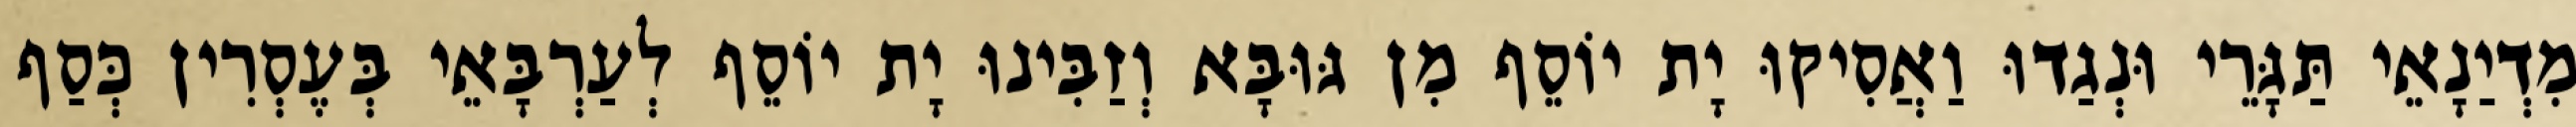
מִדְיַנָאֵי תַּגָּרֵי וּנְגַדוּ וַאֲסִיקוּ יָת יוֹסֵף מִן גּוּבָּא וְזַבִּינוּ יָת יוֹסֵף לְעַרְבָּאֵי בְּעֶסְרִין כְּסַף